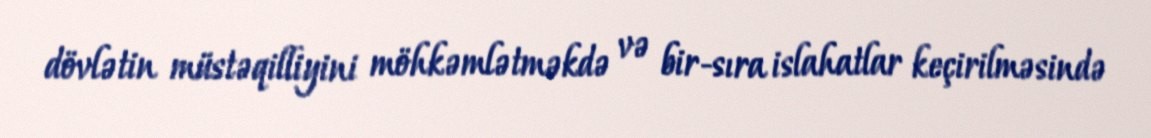
dövlətin müstəqilliyini möhkəmlətməkdə və bir-sıra islahatlar keçirilməsində